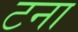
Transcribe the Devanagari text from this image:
टना